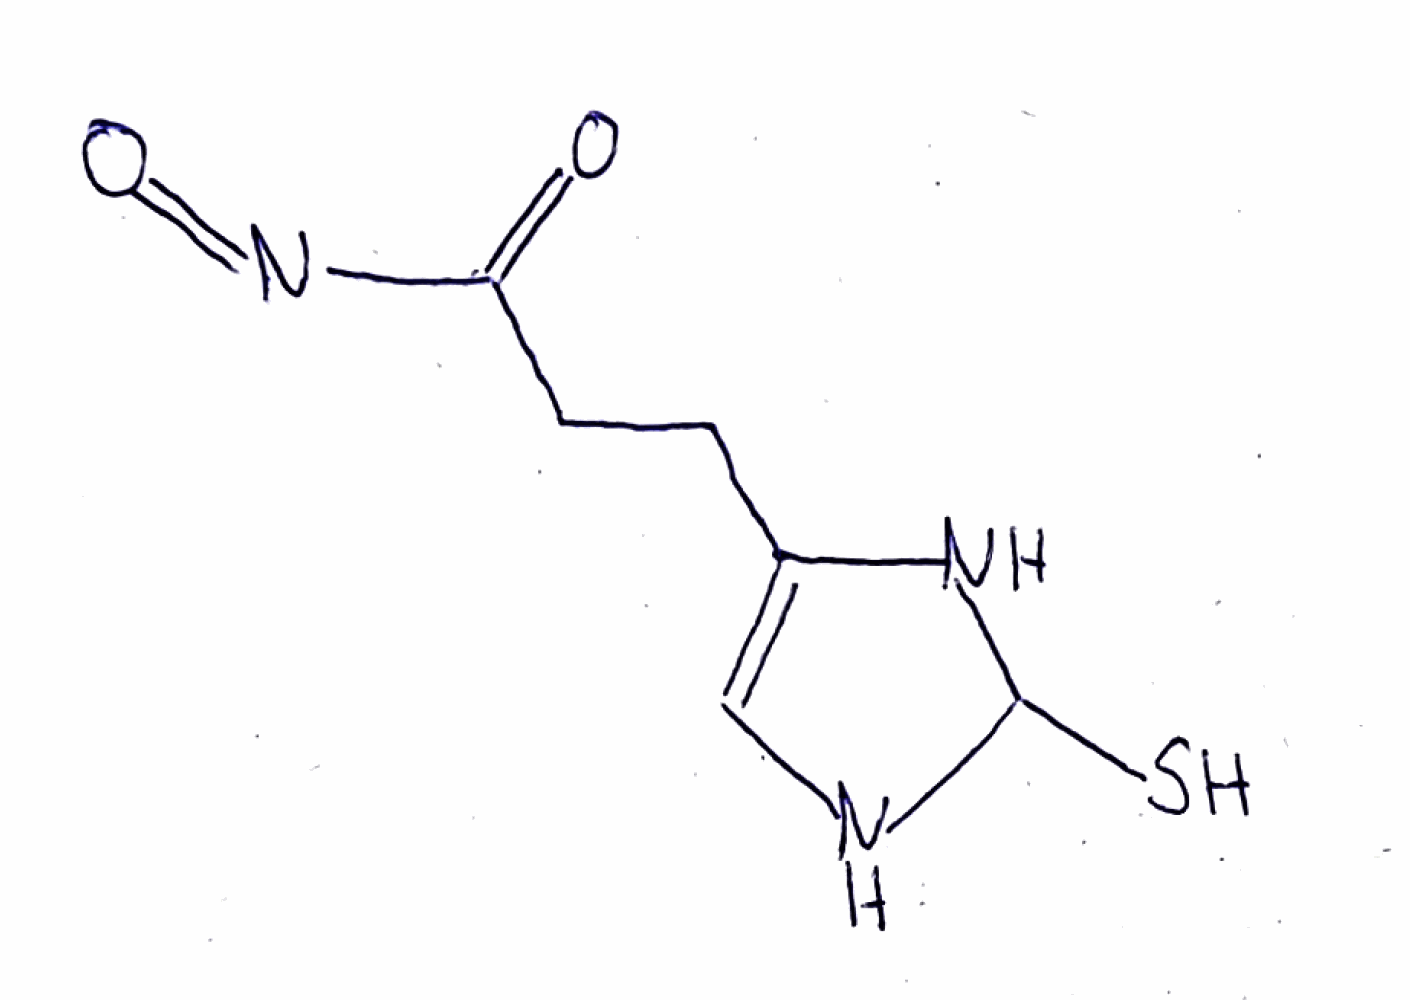
Simplified molecular-input line-entry system (SMILES) notation of the given molecule:
C1=C(NC(N1)S)CCC(=O)N=O